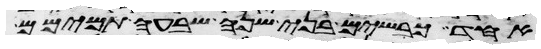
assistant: אחד כבשים בני שנה שבעה תמימם